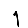
Digit: 1